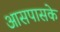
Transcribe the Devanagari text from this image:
आसपासके